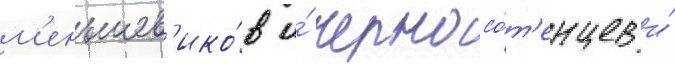
м'еньшев'ико́в и́ черносо́т'енцев и́